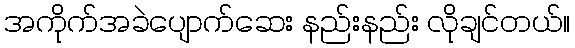
အကိုက်အခဲပျောက်ဆေး နည်းနည်း လိုချင်တယ်။